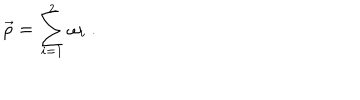
\vec { \rho } = \sum _ { i = 1 } ^ { 2 } \omega _ { i } \ .